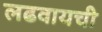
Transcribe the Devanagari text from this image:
लढवायची